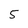
Character: 5